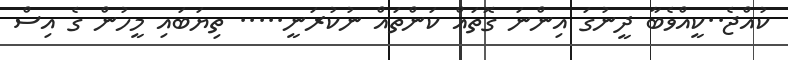
ކުއްޖެ..ކީއްވެބާ ދީނުގަ އިންނަ ގޮތައް ކަންތައް ނުކުރަނީ..... ތިޔަބައި މީހުން ގެ އިސް